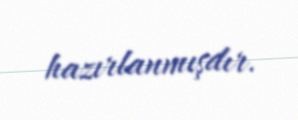
hazırlanmışdır.